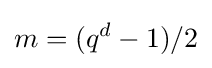
m=(q^{d}-1)/2